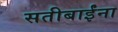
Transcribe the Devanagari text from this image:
सतीबाईंना